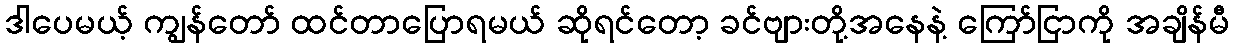
ဒါပေမယ့် ကျွန်တော် ထင်တာပြောရမယ် ဆိုရင်တော့ ခင်ဗျားတို့အနေနဲ့ ကြော်ငြာကို အချိန်မီ